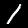
Label: 1